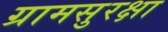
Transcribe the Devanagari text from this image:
ग्रामसुरक्षा